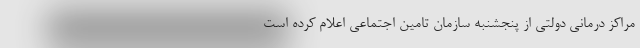
مراکز درمانی دولتی از پنجشنبه سازمان تامین اجتماعی اعلام کرده است